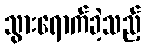
သွားရောက်ခဲ့သည့်